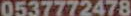
0537772478